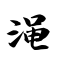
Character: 渑